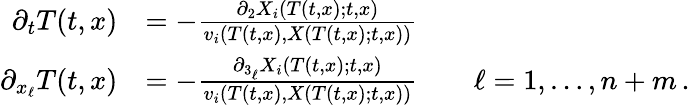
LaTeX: \begin{array}{rl}{\partial_{t}T(t,x)}&{=-\frac{\partial_{2}X_{i}(T(t,x);t,x)}{v_{i}\left(T(t,x),X(T(t,x);t,x)\right)}}\\ {\partial_{x_{\ell}}T(t,x)}&{=-\frac{\partial_{3_{\ell}}X_{i}\left(T(t,x);t,x\right)}{v_{i}\left(T(t,x),X\left(T(t,x);t,x\right)\right)}\qquad\ell=1,\ldots,n+m\, .}\end{array}